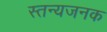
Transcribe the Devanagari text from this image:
स्तन्यजनक